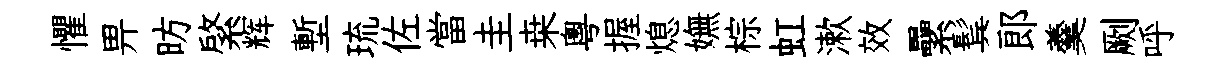
懼畀昉綮辉塹琉佐當圭桒粤握熄嫵棕虹漱效纍鬂郎羹劂呼